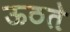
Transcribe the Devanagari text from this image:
ऊठते